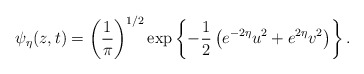
\begin{align*}\psi_{\eta }(z,t) = \left({1 \over \pi }\right)^{1/2}\exp \left\{-{1\over 2}\left(e^{-2\eta }u^{2} + e^{2\eta }v^{2}\right)\right\} .\end{align*}